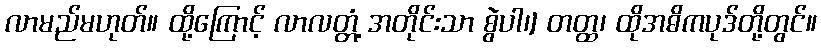
လာမည်မဟုတ်။ ထို့ကြောင့် လာလတ္တံ့ အတိုင်းသာ စွဲပါ၊] တတ္ထ၊ ထိုအဓိကပုဒ်တို့တွင်။